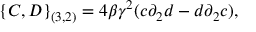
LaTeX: \{ C , D \} _ { ( 3 , 2 ) } = 4 \beta { \gamma } ^ { 2 } ( c { \partial } _ { 2 } d - d { \partial } _ { 2 } c ) ,